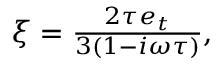
\begin{array} { r } { \xi = \frac { 2 \tau e _ { t } } { 3 ( 1 - i \omega \tau ) } , } \end{array}